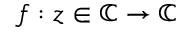
f : z \in \mathbb { C } \to \mathbb { C }